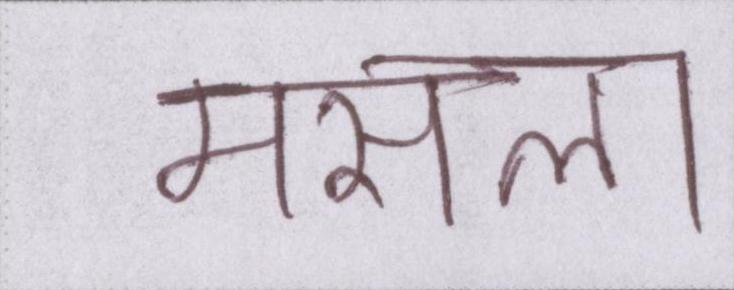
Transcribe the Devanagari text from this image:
मसला